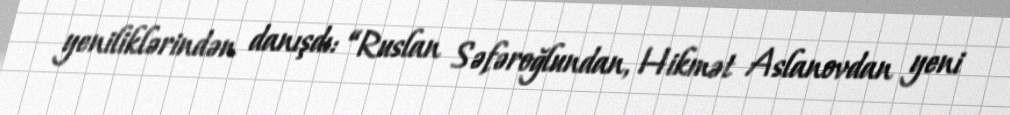
yeniliklərindən danışdı: “Ruslan Səfəroğlundan, Hikmət Aslanovdan yeni